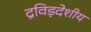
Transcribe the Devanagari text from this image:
द्रविड़देशीय